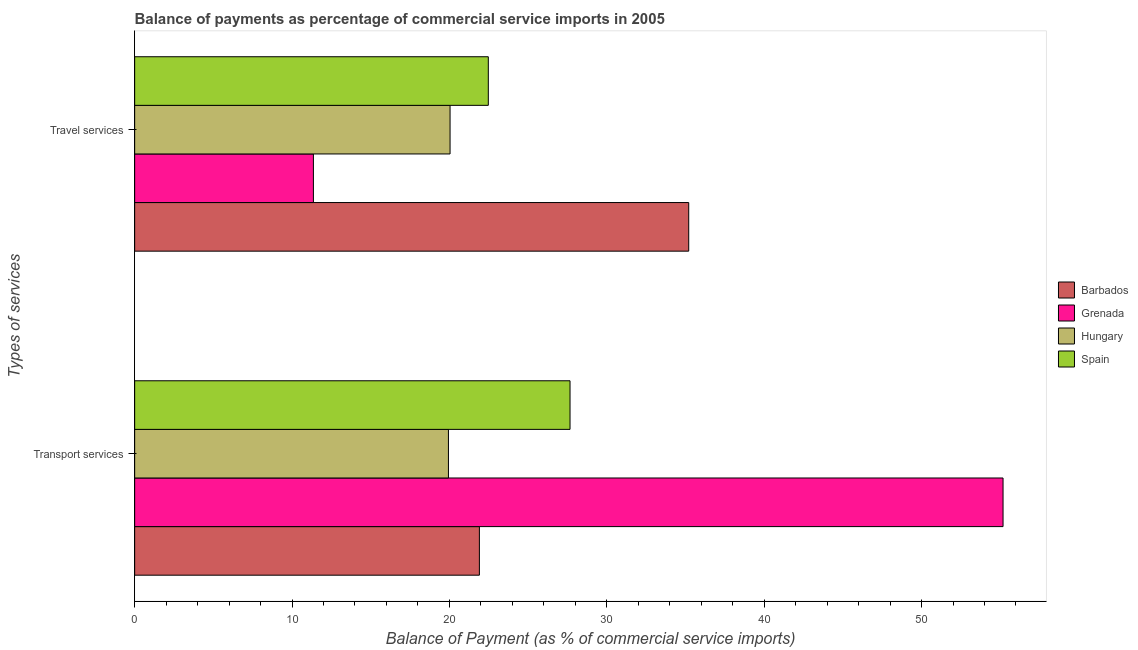
| Types of services | Barbados | Grenada | Hungary | Spain |
 | --- | --- | --- | --- | --- |
 | Transport services | 21.9 | 55.2 | 19.9 | 27.7 |
 | Travel services | 35.2 | 11.4 | 20 | 22.5 |